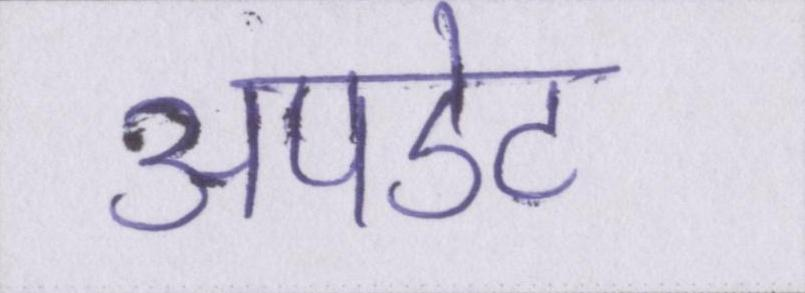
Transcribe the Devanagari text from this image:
अपडेट